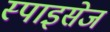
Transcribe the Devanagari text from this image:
स्पाइसेज